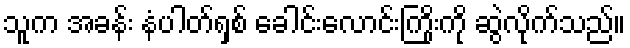
သူက အခန်း နံပါတ်ရှစ် ခေါင်းလောင်းကြိုးကို ဆွဲလိုက်သည်။